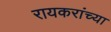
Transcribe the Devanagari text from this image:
रायकरांच्या